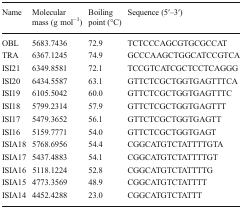
| Name | Molecular mass (g mol−1) | Boiling point (°C) | Sequence (5′–3′) |
 | --- | --- | --- | --- |
 | OBL | 5683.7436 | 72.9 | TCTCCCAGCGTGCGCCAT |
 | TRA | 6367.1245 | 74.9 | GCCCAAGCTGGCATCCGTCA |
 | ISI21 | 6349.8581 | 72.1 | TCCGTCATCGCTCCTCAGGG |
 | ISI20 | 6434.5587 | 63.1 | GTTCTCGCTGGTGAGTTTCA |
 | ISI19 | 6105.5042 | 60.0 | GTTCTCGCTGGTGAGTTTC |
 | ISI18 | 5799.2314 | 57.9 | GTTCTCGCTGGTGAGTTT |
 | ISI17 | 5479.3652 | 56.1 | GTTCTCGCTGGTGAGTT |
 | ISI16 | 5159.7771 | 54.0 | GTTCTCGCTGGTGAGT |
 | ISIA18 | 5768.6956 | 54.4 | CGGCATGTCTATTTTGTA |
 | ISIA17 | 5437.4883 | 54.1 | CGGCATGTCTATTTTGT |
 | ISIA16 | 5118.1224 | 52.8 | CGGCATGTCTATTTTG |
 | ISIA15 | 4773.3569 | 48.9 | CGGCATGTCTATTTT |
 | ISIA14 | 4452.4288 | 23.0 | CGGCATGTCTATTT |